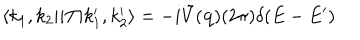
\langle k _ { 1 } , k _ { 2 } | i T | k _ { 1 } ^ { \prime } , k _ { 2 } ^ { \prime } \rangle = - i \tilde { V } ( { \bf q } ) ( 2 \pi ) \delta ( E - E ^ { \prime } )